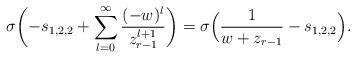
LaTeX: \begin{align*} \sigma \biggl(-s_{1,2,2} + \sum_{l=0}^{\infty} {} \frac{ (-w)^{l} } {z_{r-1}^{l+1}} \biggr) = \sigma \Bigl( \frac {1} { w + z_{r-1} } - s_{1,2,2} \Bigr). \end{align*}